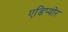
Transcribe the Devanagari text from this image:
एडिप्योर